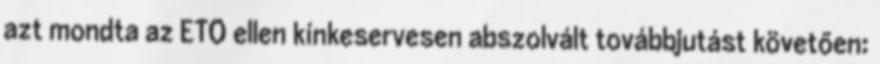
azt mondta az ETO ellen kínkeservesen abszolvált továbbjutást követően: